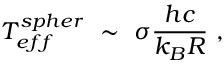
T _ { e f f } ^ { s p h e r } \ \sim \ \sigma \frac { h c } { k _ { B } R } \ ,